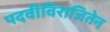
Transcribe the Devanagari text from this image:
पदवीविराजितेन